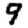
Digit: 9